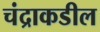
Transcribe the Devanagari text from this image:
चंद्राकडील